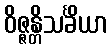
ဝိဇ္ဇန္တိသင်္ခိယာ